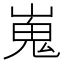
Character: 嵬